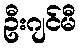
ဦးဂျင်မီ